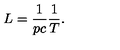
L = \frac { 1 } { p c } \frac { 1 } { T } .